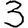
Digit: 3